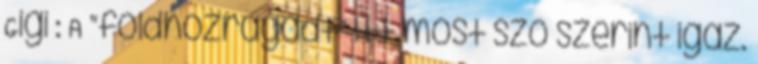
Gigi : A “földhözragadt” itt most szó szerint igaz.